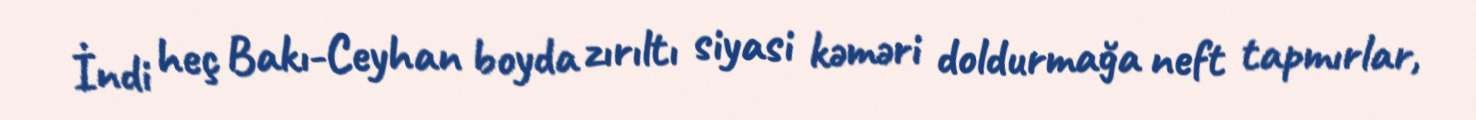
İndi heç Bakı-Ceyhan boyda zırıltı siyasi kəməri doldurmağa neft tapmırlar,